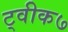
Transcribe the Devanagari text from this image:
ट्वीक७